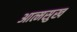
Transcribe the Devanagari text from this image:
आत्मसुख